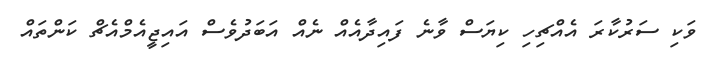
ވަކި ސަރުކާރަ އެއްޗިހި ކިޔަސް ވާނެ ފައިދާއެއް ނެއް އަބަދުވެސް އައިޖީއެމްއެޗް ކަންތައް